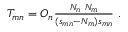
\begin{array} { r } { T _ { m n } = O _ { n } \frac { N _ { n } \ N _ { m } } { ( s _ { m n } - N _ { m } ) s _ { m n } } \ . } \end{array}